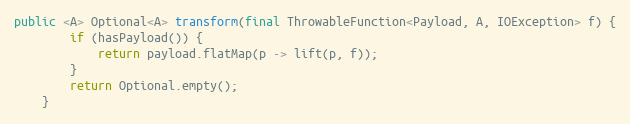
Language: Java
public <A> Optional<A> transform(final ThrowableFunction<Payload, A, IOException> f) {
        if (hasPayload()) {
            return payload.flatMap(p -> lift(p, f));
        }
        return Optional.empty();
    }